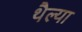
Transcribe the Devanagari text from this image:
थैल्या